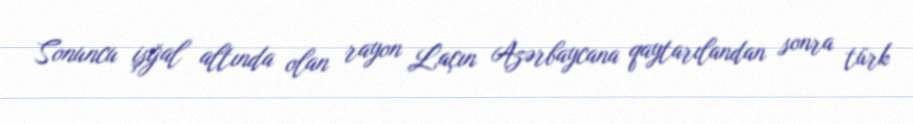
Sonuncu işğal altında olan rayon Laçın Azərbaycana qaytarılandan sonra türk